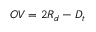
O V = 2 R _ { d } - D _ { t }